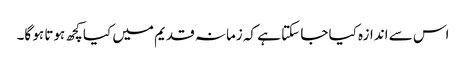
اس سے اندازہ کیا جا سکتا ہے کہ زمانہ قدیم میں کیا کچھ ہوتا ہو گا۔